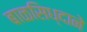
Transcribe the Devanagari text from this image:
बाळसिध्दाने